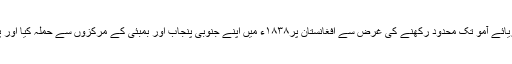
انگریزوں نے سرخ انقلاب کو دریائے آمو تک محدود رکھنے کی غرض سے افغانستان پر۱۸۳۸ء میں اپنے جنوبی پنجاب اور بمبئی کے مرکزوں سے حملہ کیا اور پٹھو شاہ شجاع کو تخت پر بٹھایا۔